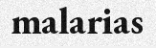
malarias